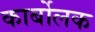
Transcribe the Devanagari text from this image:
कार्बोलक